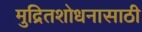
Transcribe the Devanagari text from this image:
मुद्रितशोधनासाठी